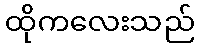
ထိုကလေးသည်